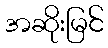
အဆိုးမြင်